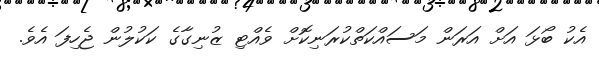
އެކު ބޯޅަ އަށް އަރަން މަސައްކަތްކުރަނިކޮށް ވެއްޓި ޒުނިގާގެ ކަކުލުން ޖެހިފަ އެވެ.